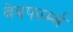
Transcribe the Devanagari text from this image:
वेबफार्म्स